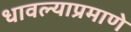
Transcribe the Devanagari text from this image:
धावल्याप्रमाणे